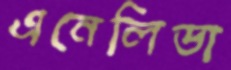
এনেলিডা